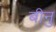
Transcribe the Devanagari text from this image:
बीनु